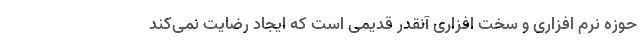
حوزه نرم افزاری و سخت افزاری آنقدر قدیمی است که ایجاد رضایت نمی‌کند